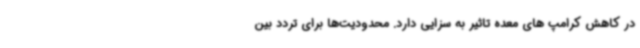
در کاهش کرامپ های معده تاثیر به سزایی دارد. محدودیت‌ها برای تردد بین